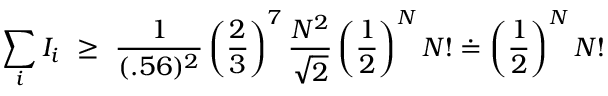
\sum _ { i } I _ { i } \, \, \ge \, \, \displaystyle { \frac { 1 } { ( . 5 6 ) ^ { 2 } } } \left( \displaystyle { \frac { 2 } { 3 } } \right) ^ { 7 } \displaystyle { \frac { N ^ { 2 } } { \sqrt { 2 } } } \left( \displaystyle { \frac { 1 } { 2 } } \right) ^ { N } N ! \doteq \left( \displaystyle { \frac { 1 } { 2 } } \right) ^ { N } N !